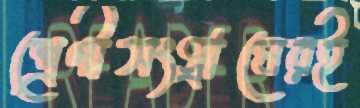
শ্রেণীসংগ্রামেরই